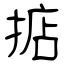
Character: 掂